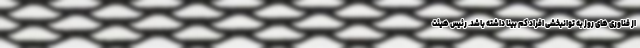
از فناوری های روز به توانبخشی افراد کم بینا داشته باشد. رئیس هیئت